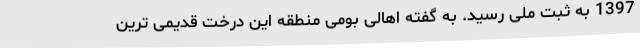
1397 به ثبت ملی رسید. به گفته اهالی بومی منطقه این درخت قدیمی ترین